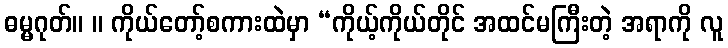
ဓမ္မဂုတ်။ ။ ကိုယ်တော့်စကားထဲမှာ “ကိုယ့်ကိုယ်တိုင် အထင်မကြီးတဲ့ အရာကို လူ